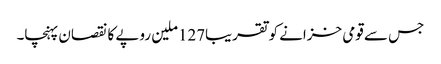
جس سے قومی خزانے کو تقریبا127ملین روپے کا نقصان پہنچا۔